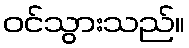
ဝင်သွားသည်။